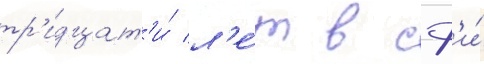
тр'идцат'и́ л'е́т в сф'и́